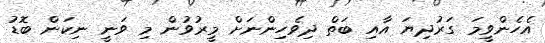
އެހެންވީމަ ގަރުދިޔަ އާއި ބަތް ދިވެހިންނަށް މީރުވުން މި ވަނީ ނިކަން ބޮޑު